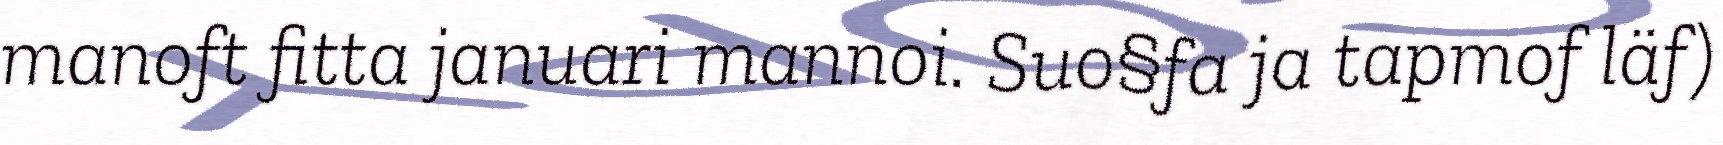
manoft fitta januari mannoi. Suo§fa ja tapmof läf)